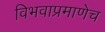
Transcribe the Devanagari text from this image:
विभवाप्रमाणेच